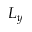
L _ { y }